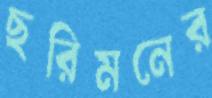
ছরিমনের